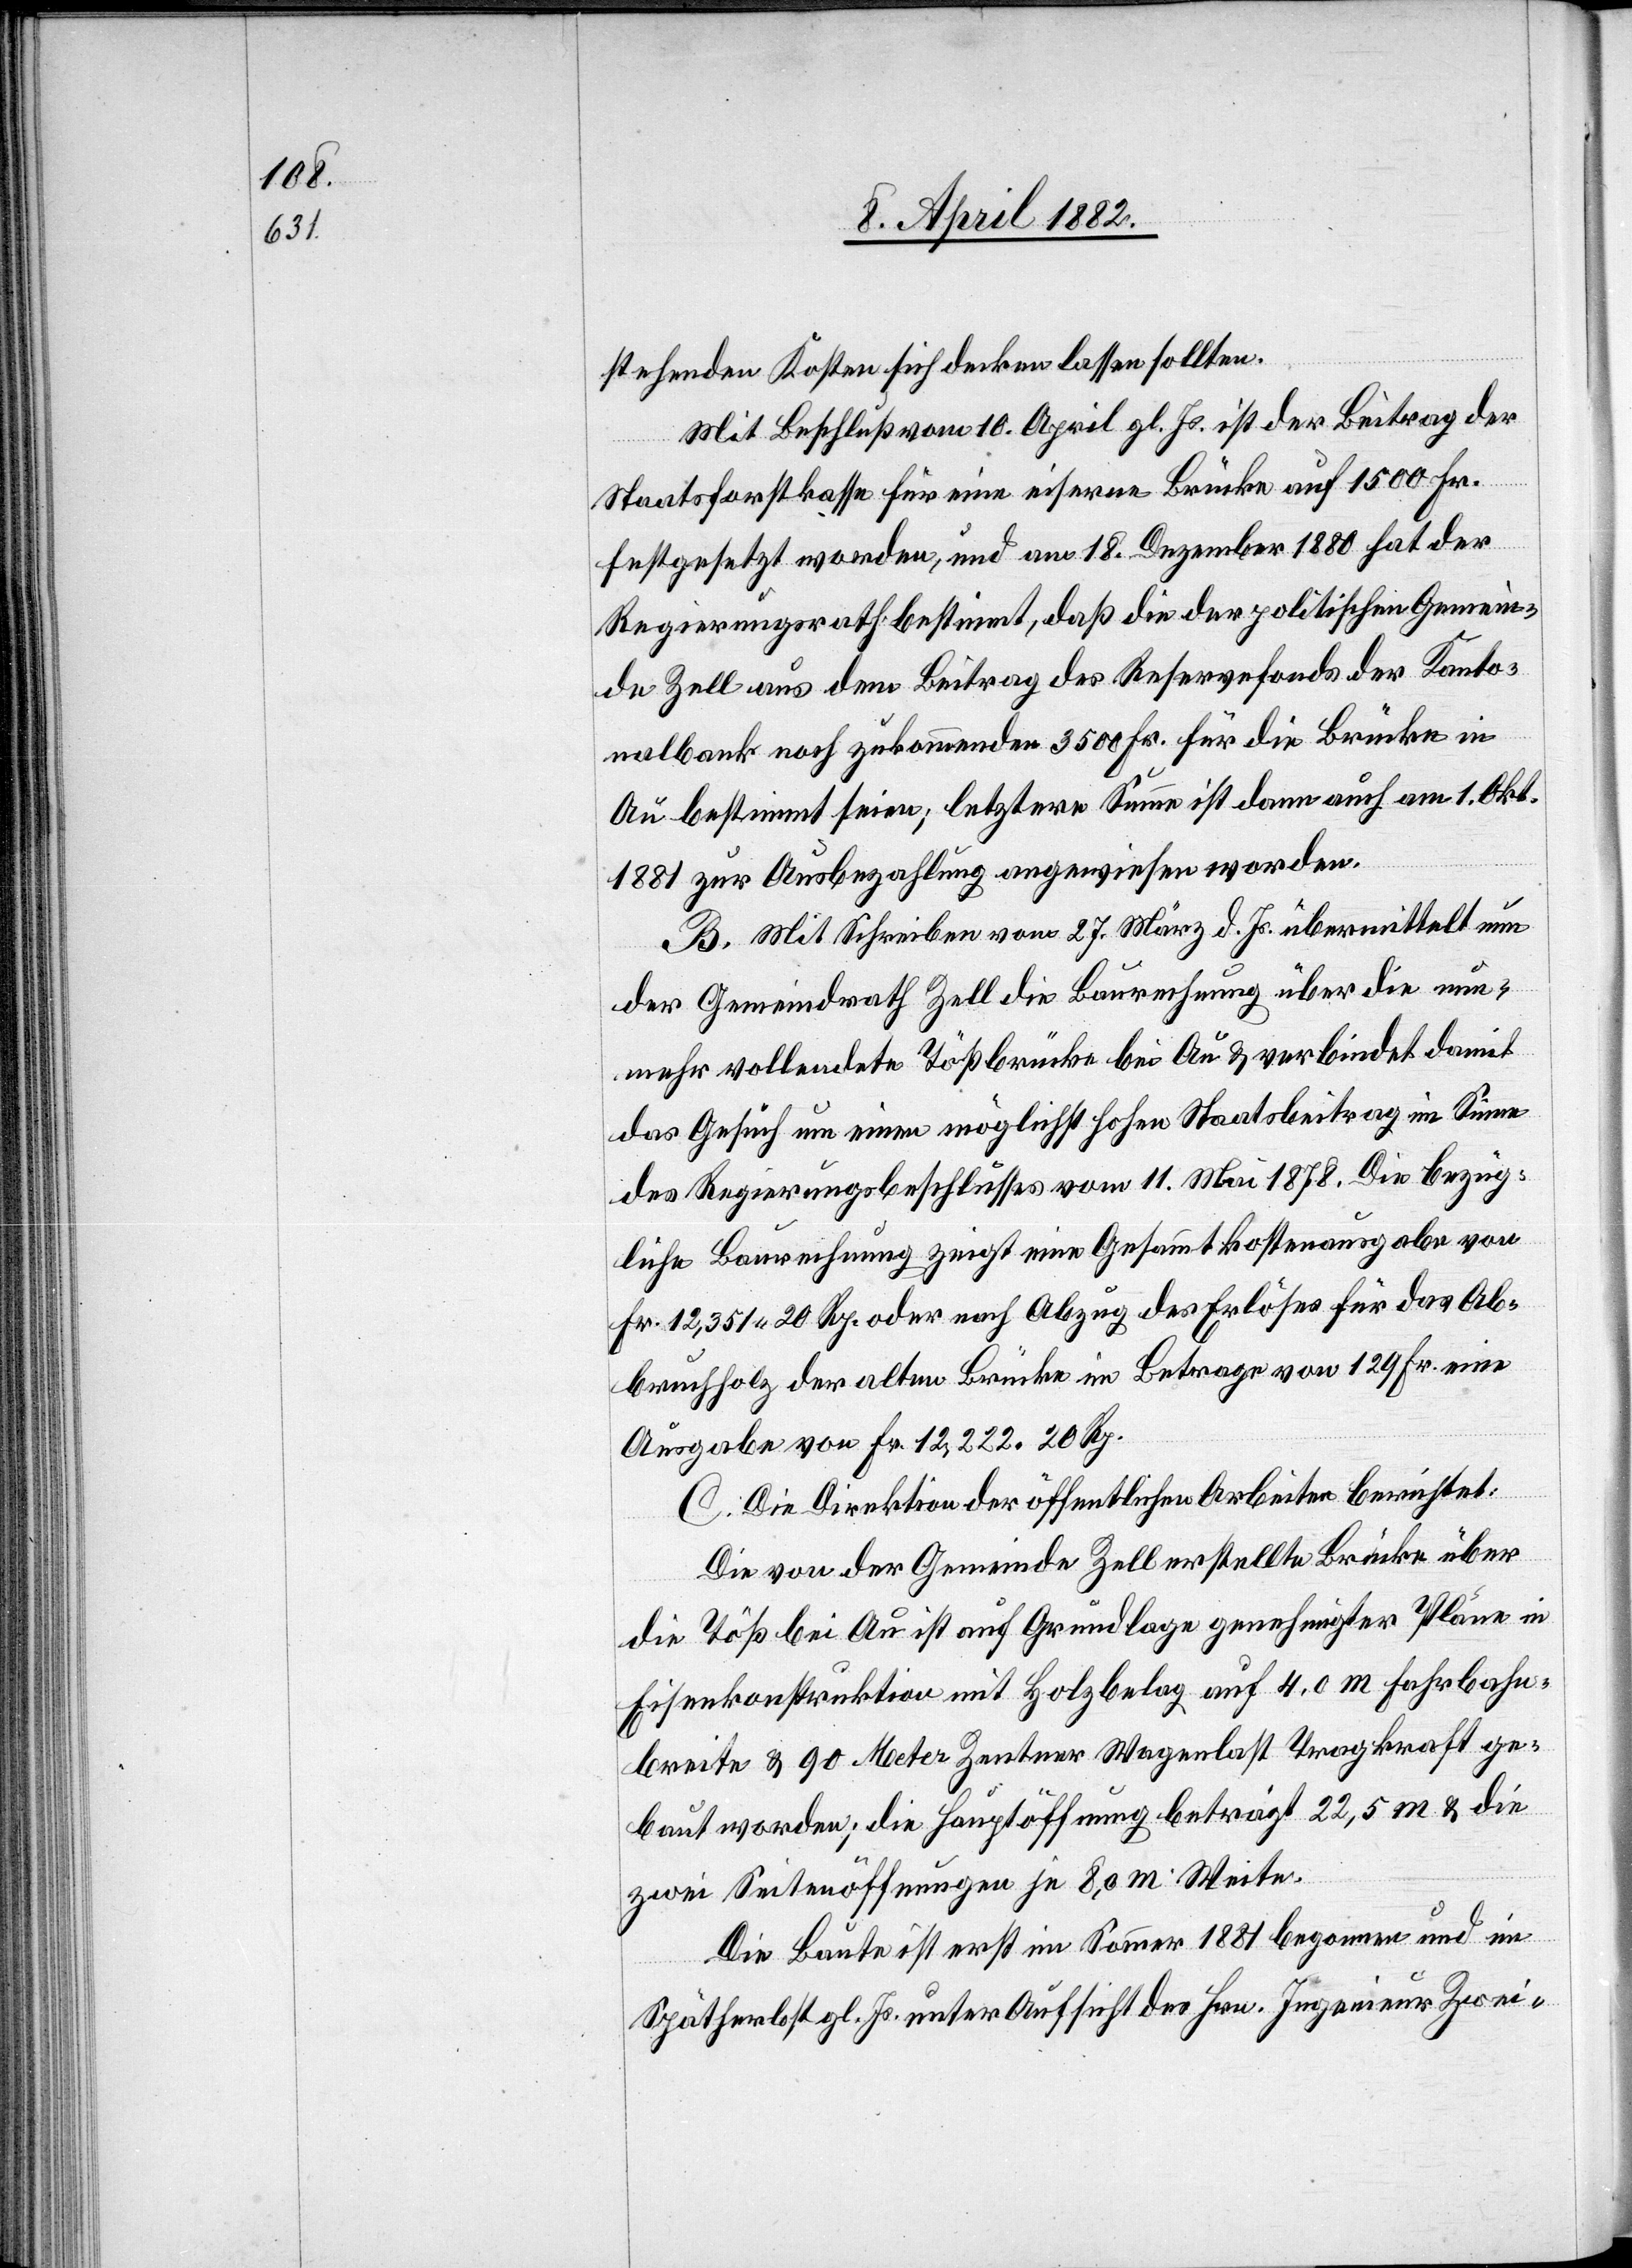
stehenden Kosten sich decken lassen sollten.
Mit Beschluß vom 10. April gl. Js. ist der Beitrag der
Staatsforstkasse für eine eiserne Brücke auf 1500 Fr.
festgesetzt worden, und am 18. Dezember 1880 hat der
Regierungsrath bestimmt, daß die der politischen Gemein¬
de Zell aus dem Beitrag des Reservefonds der Kanto¬
nalbank noch zukommenden 3500 Fr. für die Brücke in
Au bestimmt seien, letztere Summe ist dann auch am 1. Okt.
1881 zur Ausbezahlung angewiesen worden.
B. Mit Schreiben vom 27. März d. Js. übermittelt nun
der Gemeindrath Zell die Baurechnung über die nun¬
mehr vollendete Tößbrücke bei Au & verbindet damit
das Gesuch um einen möglichst hohen Staatsbeitrag im Sinne
des Regierungsbeschlusses vom 11. Mai 1878. Die bezüg¬
liche Baurechnung zeigt eine Gesammtkostenausgabe von
Fr. 12,351 20 Rp. oder nach Abzug des Erlöses für das Ab¬
bruchholz der alten Brücke im Betrage von 129 Fr. eine
Ausgabe von Fr. 12,222 20 Rp.
C. Die Direktion der öffentlichen Arbeiten berichtet:
Die von der Gemeinde Zell erstellte Brücke über
die Töß bei Au ist auf Grundlage genehmigter Pläne in
Eisenkonstruktion mit Holzbelag auf 4,0 m Fahrbahn¬
breite & 90 Meter Zentner Wagenlast Tragkraft ge¬
baut worden; die Hauptöffnung beträgt 22,5 m & die
zwei Seitenöffnungen je 8,0 m Weite.
Die Baute ist erst im Sommer 1881 begonnen und im
Spätherbst gl. Js. unter Aufsicht des Hrn. Ingenieur Zwei-